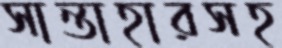
সান্তাহারসহ